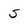
Character: 5